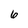
Character: 6